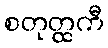
စတုတ္ထကီ